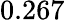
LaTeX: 0.267